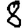
Digit: 8